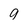
Character: 9